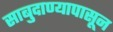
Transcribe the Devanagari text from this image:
साबुदाण्यापासून